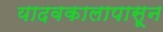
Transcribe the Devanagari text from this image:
यादवकालापासून